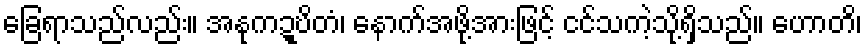
ခြေရာသည်လည်း။ အနုကဍ္ဎိတံ၊ နောက်အဖို့အားဖြင့် ငင်သကဲ့သို့ရှိသည်။ ဟောတိ၊